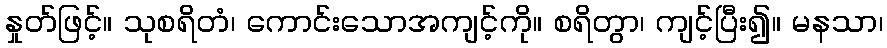
နှုတ်ဖြင့်။ သုစရိတံ၊ ကောင်းသောအကျင့်ကို။ စရိတွာ၊ ကျင့်ပြီး၍။ မနသာ၊